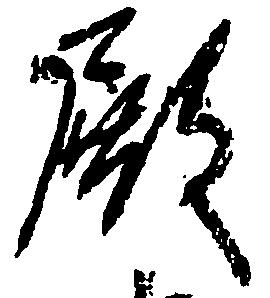
殿